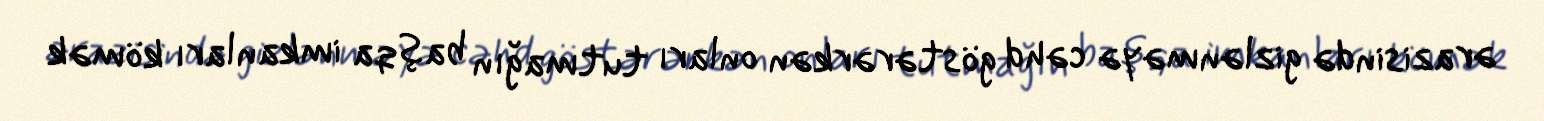
ərazisində gizlənməyə cəhd göstərərkən onları tutmağın başqa imkanları kömək